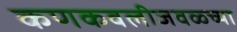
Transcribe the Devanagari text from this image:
कणकवलीजवळ्च्या